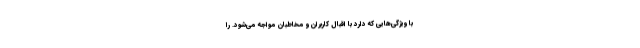
با ویژگی‌هایی که دارد با اقبال کاربران و مخاطبان مواجه می‌شود. را